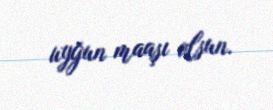
uyğun maaşı olsun.